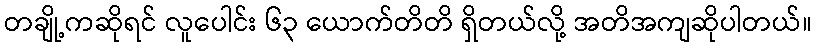
တချို့ကဆိုရင် လူပေါင်း ၆၃ ယောက်တိတိ ရှိတယ်လို့ အတိအကျဆိုပါတယ်။